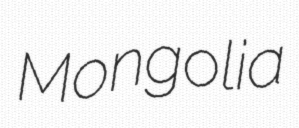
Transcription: Mongolia